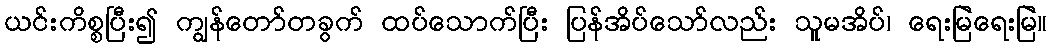
ယင်းကိစ္စပြီး၍ ကျွန်တော်တခွက် ထပ်သောက်ပြီး ပြန်အိပ်သော်လည်း သူမအိပ်၊ ရေးမြဲရေးမြဲ။